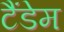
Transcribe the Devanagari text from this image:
टैंडेम